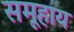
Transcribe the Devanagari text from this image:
समूहाय